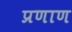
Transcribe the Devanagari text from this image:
प्रणाण